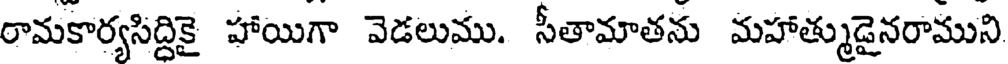
రామకార్యసిద్దికై హాయిగా వెడలుము. సీతామాతను మహాత్ముడైనరాముని